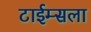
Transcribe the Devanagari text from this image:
टाईम्सला